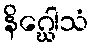
နိဂ္ဃေါသံ